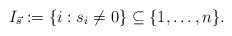
LaTeX: \begin{align*}I_{\vec s}:=\{i:s_i\neq 0\}\subseteq \{1,\ldots,n\}.\end{align*}